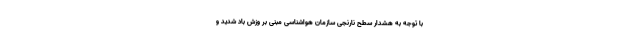
با توجه به هشدار سطح نارنجی سازمان هواشناسی مبنی بر وزش باد شدید و